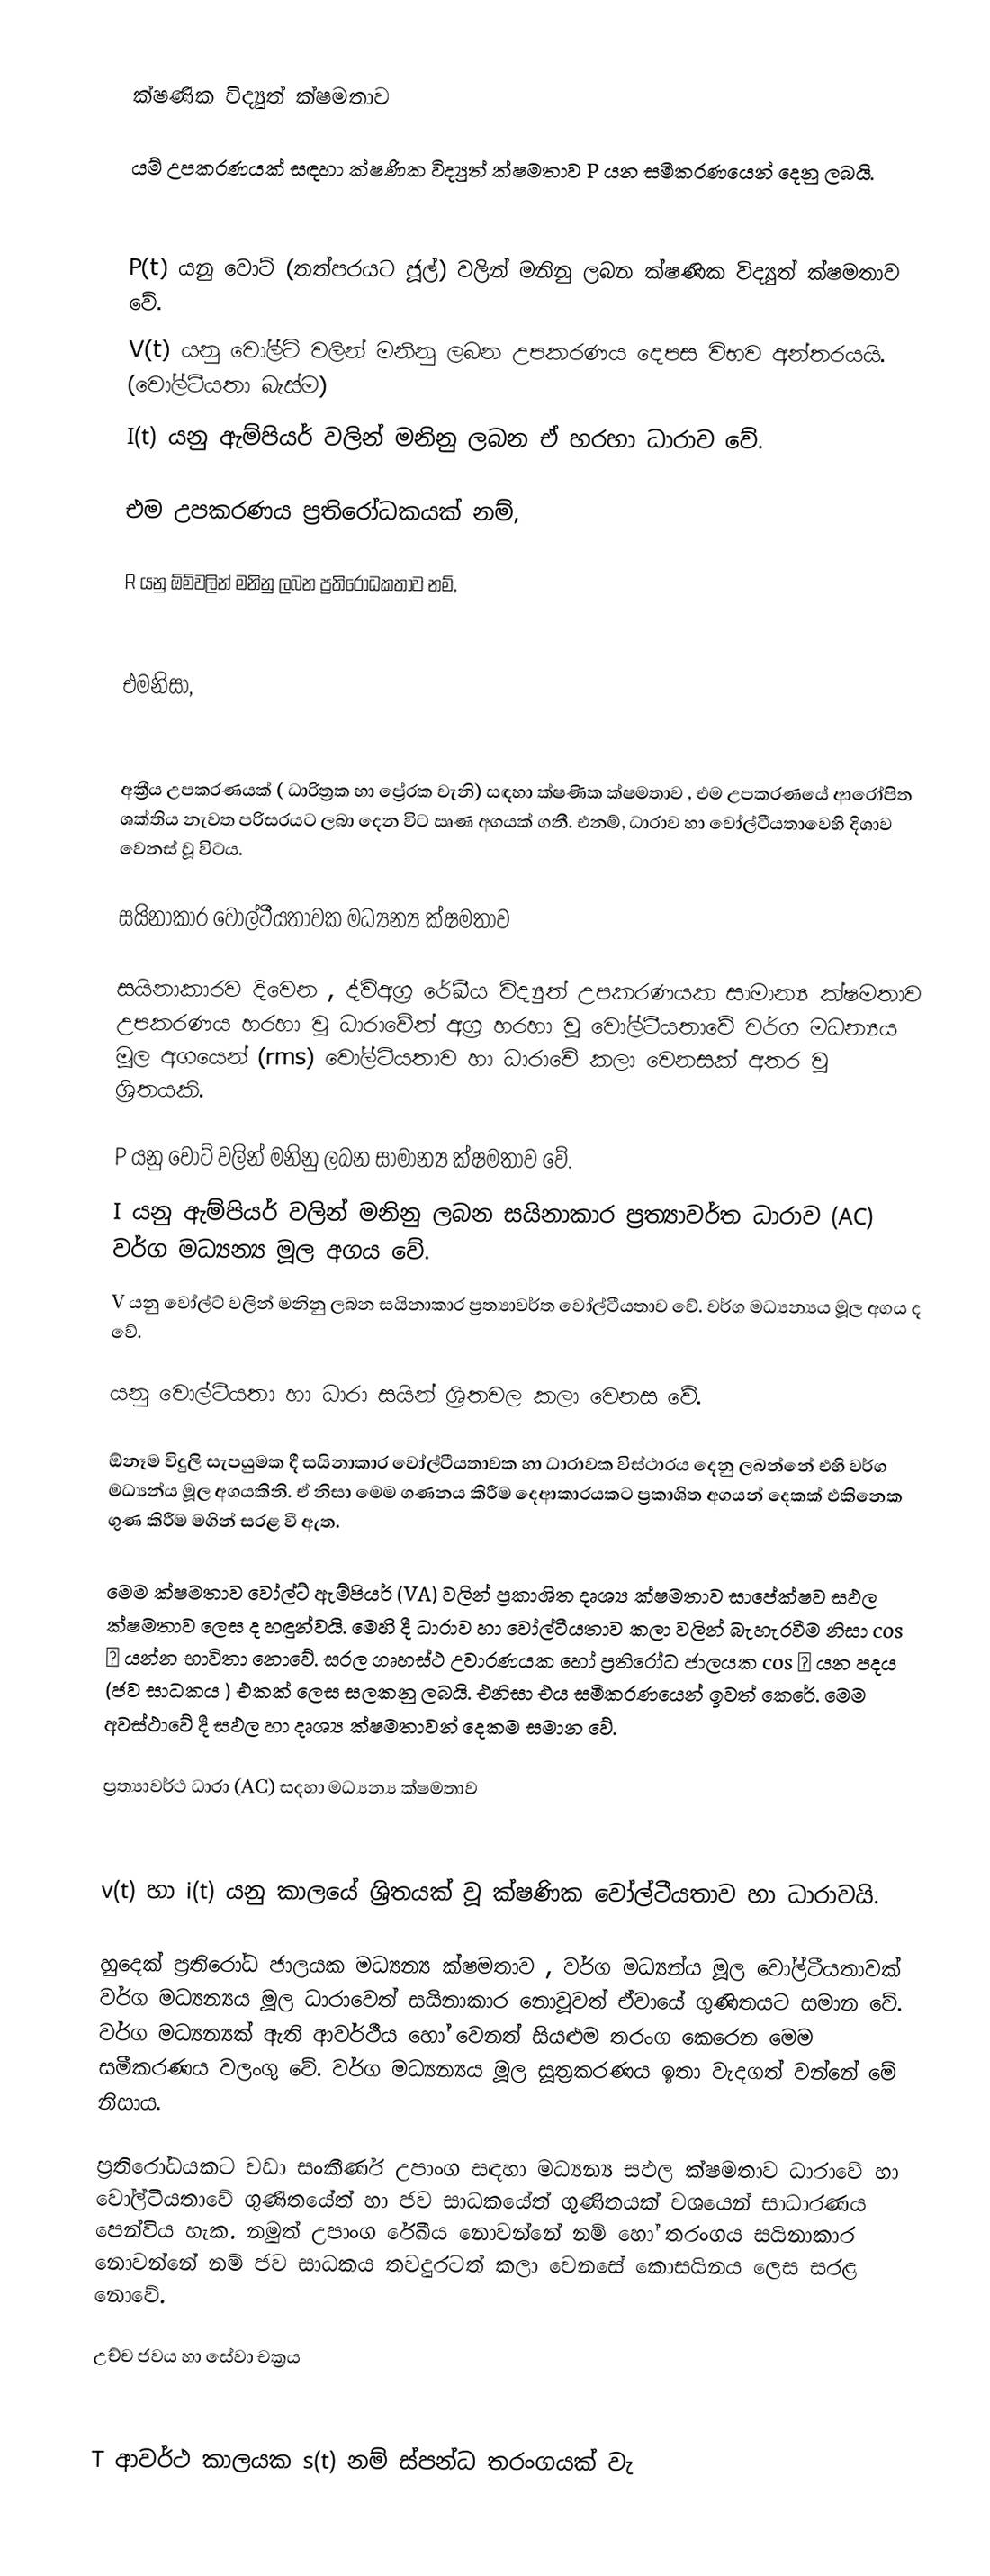

ක්ෂණික විද්‍යුත් ක්ෂමතාව

යම් උපකරණයක් සඳහා ක්ෂණික විද්‍යුත් ක්ෂමතාව P  යන සමීකරණයෙන් දෙනු ලබයි.

P(t)  යනු වොට් (තත්පරයට ජූල්) වලින් මනිනු ලබන ක්ෂණික විද්‍යුත් ක්ෂමතාව වේ.
V(t)  යනු වෝල්ට් වලින් මනිනු ලබන උපකරණය දෙපස විභව අන්තරයයි. (වෝල්ටීයතා බැස්ම)
I(t)  යනු ඇම්පියර් වලින් මනිනු ලබන ඒ හරහා ධාරාව වේ.

එම උපකරණය ප්‍රතිරෝධකයක් නම්,

R  යනු ඕම්වලින් මනිනු ලබන ප්‍රතිරෝධකතාව නම්,

එමනිසා,

අක්‍රීය උපකරණයක් ( ධාරිත්‍රක හා ප්‍රේරක වැනි) සඳහා ක්ෂණික ක්ෂමතාව , එම උපකරණයේ ආරෝපිත ශක්තිය නැවත පරිසරයට ලබා දෙන විට ඍණ අගයක් ගනී. එනම්, ධාරාව හා වෝල්ටීයතාවෙහි දිශාව වෙනස් වූ විටය.

සයිනාකාර වෝල්ටීයතාවක මධ්‍යන්‍ය ක්ෂමතාව

සයිනාකාරව දිවෙන , ද්විඅග්‍ර රේඛීය විද්‍යුත් උපකරණයක සාමාන්‍ය ක්ෂමතාව උපකරණය හරහා වූ ධාරාවේත් අග්‍ර හරහා වූ වෝල්ටීයතාවේ වර්ග මධන්‍යය මූල අගයෙන් (rms)  වෝල්ටීයතාව හා ධාරාවේ කලා වෙනසක් අතර වූ ශ්‍රිතයකි.

P  යනු වොට්  වලින් මනිනු ලබන සාමාන්‍ය ක්ෂමතාව වේ.
I  යනු ඇම්පියර් වලින් මනිනු ලබන සයිනාකාර ප්‍රත්‍යාවර්ත ධාරාව (AC)  වර්ග  මධ්‍යන්‍ය මූල ‍අගය වේ.
V  යනු වෝල්ට් වලින් මනිනු ලබන සයිනාකාර ප්‍රත්‍යාවර්ත වෝල්ටීයතාව වේ. වර්ග මධ්‍යන්‍යය මූල අගය ද වේ.

යනු වොල්ටීයතා හා ධාරා සයින් ශ්‍රිතවල කලා වෙනස වේ.

ඕනෑම විදුලි සැපයුමක දී සයිනාකාර වෝල්ටීයතාවක හා ධාරාවක විස්ථාරය දෙනු ලබන්නේ එහි වර්ග මධ්‍යන්ය මූල අගයකිනි. ඒ නිසා මෙම ගණනය කිරීම දෙආකාරයකට ප්‍රකාශිත අගයන් දෙකක් එකිනෙක ගුණ කිරීම මගින් සරළ වී ඇත.

මෙම ක්ෂමතාව ‍වෝල්ට් ඇම්පියර් (VA)  වලින් ප්‍රකාශිත දෘශ්‍ය ක්ෂමතාව සාපේක්ෂව සඵල ක්ෂමතාව ලෙස ද හඳුන්වයි. මෙහි දී ධාරාව හා වෝල්ටීයතාව කලා වලින් බැහැරවීම නිසා  cos     යන්න භාවිතා නොවේ. සරල ගෘහස්ථ උවාරණයක හෝ ප්‍රතිරෝධ ජාලයක  cos   යන පදය (ජව සාධකය ) එකක් ලෙස සලකනු ලබයි. එනිසා එය සමීකරණයෙන් ඉවත් කෙරේ. මෙම අවස්ථාවේ දී සඵල හා දෘශ්‍ය ක්ෂමතාවන් දෙකම සමාන වේ.

ප්‍රත්‍යාවර්ථ ධාරා (AC)  සදහා මධ්‍යන්‍ය ක්ෂමතාව

v(t)  හා i(t)  යනු කාලයේ ශ්‍රිතයක් වූ ක්ෂණික වෝල්ටීයතාව හා ධාරාවයි.

හුදෙක් ප්‍රතිරෝධ ජාලයක මධ්‍යන්‍ය ක්ෂමතාව , වර්ග මධ්‍යන්ය මූල වෝල්ටීයතාවක් වර්ග මධ්‍යන්‍යය මූල ධාරාවෙත් සයිනාකාර නොවූවත් ඒවායේ ගුණිතයට සමාන වේ. වර්ග මධ්‍යන්‍යක් ඇති ආවර්ථීය හෝ වෙනත් සියළුම තරංග කෙරෙන මෙම සමීකරණය වලංගු වේ. වර්ග මධ්‍යන්‍යය මූල සූත්‍රකරණය ඉතා වැදගත් වන්නේ මේ නිසාය.

ප්‍රතිරෝධයකට වඩා සංකීර්ණ උපාංග සඳහා මධ්‍යන්‍ය සඵල ක්ෂමතාව ධාරාවේ හා වෝල්ටීයතාවේ ගුණිතයේත් හා ජව සාධකයේත් ගුණිතයක් වශයෙන් සාධාරණය පෙන්විය හැක. නමුත් උපාංග රේඛීය නොවන්නේ නම් හෝ තරංගය සයිනාකාර නොවන්නේ නම් ජව සාධකය තවදුරටත් කලා වෙනසේ කොසයිනය ලෙස සරළ නොවේ.

උච්ච ජවය හා සේවා චක්‍රය

T  ආවර්ථ කාලයක s(t)  නම් ස්පන්ධ තරංගයක් වැ